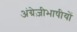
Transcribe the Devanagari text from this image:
अंग्रेज़ीभाषीयों